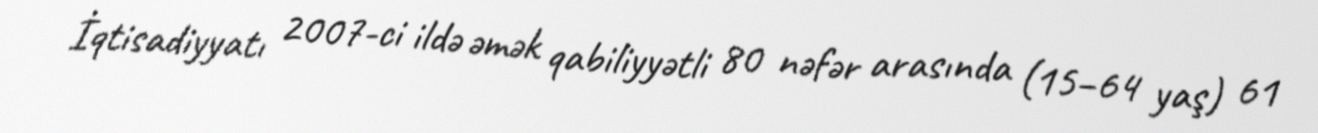
İqtisadiyyatı 2007-ci ildə əmək qabiliyyətli 80 nəfər arasında (15–64 yaş) 61